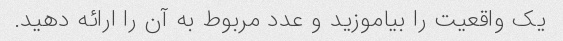
یک واقعیت را بیاموزید و عدد مربوط به آن را ارائه دهید.